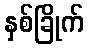
နှစ်ခြိုက်